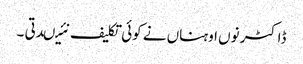
ڈاکٹر نوں اوہناں نے کوئی تکلیف نئیںدتی ۔